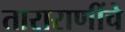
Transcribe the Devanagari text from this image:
ताराराणींचे